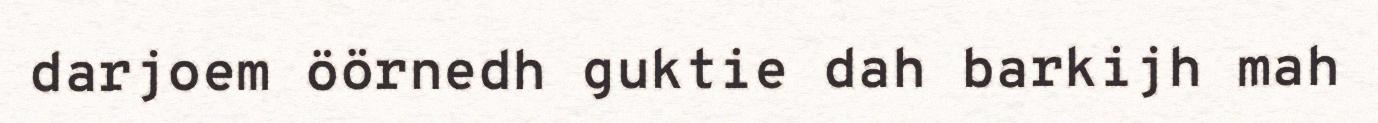
darjoem öörnedh guktie dah barkijh mah